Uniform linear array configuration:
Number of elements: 8
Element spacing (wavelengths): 0.5
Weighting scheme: binomial
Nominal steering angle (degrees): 45
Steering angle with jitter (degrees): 46.008
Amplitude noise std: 0.05
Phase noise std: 0.05

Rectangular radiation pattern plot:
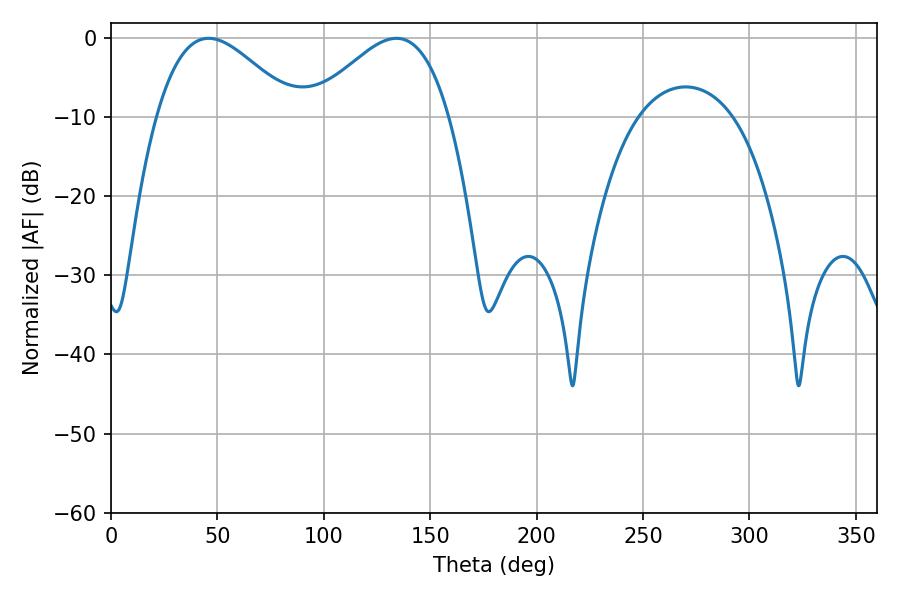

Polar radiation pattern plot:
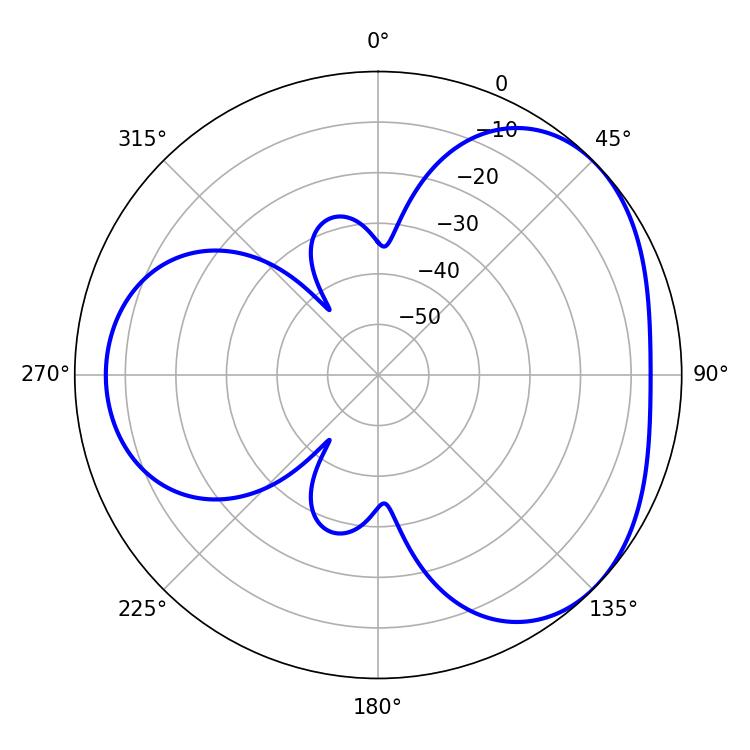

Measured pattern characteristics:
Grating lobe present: FALSE
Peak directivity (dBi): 3.658
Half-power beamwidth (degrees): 35.1
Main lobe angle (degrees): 45.9